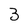
Character: 3